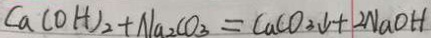
C a ( O H ) _ { 2 } + N a _ { 2 } C O _ { 3 } = C a C O _ { 3 } \downarrow + 2 N a O H